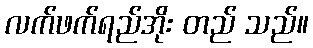
လက်ဖက်ရည်အိုး တည် သည်။